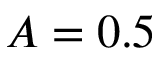
A = 0 . 5